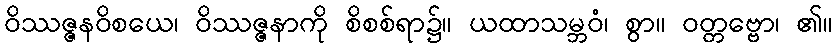
ဝိဿဇ္ဇနဝိစယေ၊ ဝိဿဇ္ဇနာကို စိစစ်ရာ၌။ ယထာသမ္ဘဝံ၊ စွာ။ ဝတ္တဗ္ဗော၊ ၏။